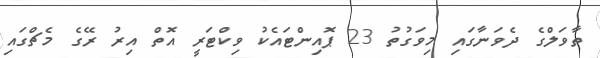
ތާވަލްގެ ދެވަނާގައި މިވަގުތު 23 ޕޮއިންޓައެކު ވިކްޓަރީ އޮތް އިރު ރޭގެ މެޗްގައި